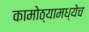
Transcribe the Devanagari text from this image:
कामोठ्यामध्येच